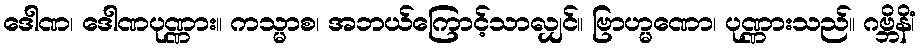
ဒေါဏ၊ ဒေါဏပုဏ္ဏား။ ကသ္မာစ၊ အဘယ်ကြောင့်သာလျှင်။ ဗြာဟ္မဏော၊ ပုဏ္ဏားသည်။ ဂဗ္ဘိနိံ၊